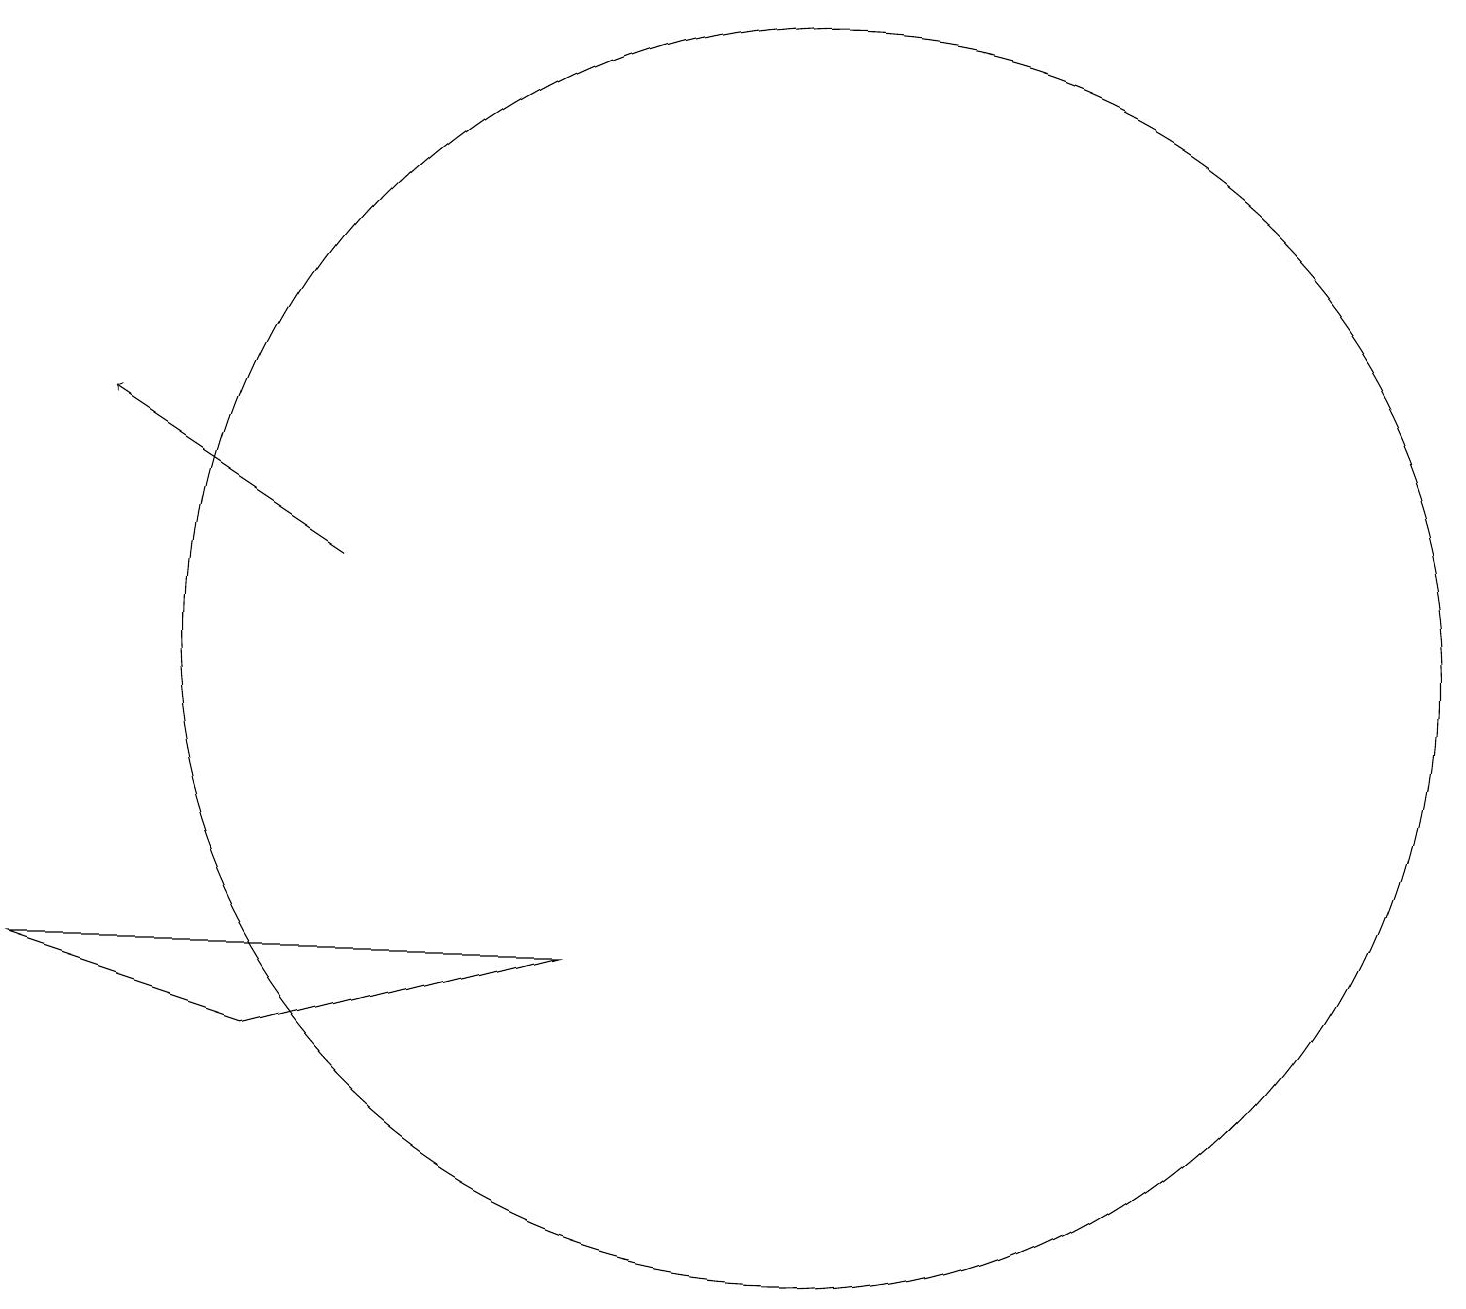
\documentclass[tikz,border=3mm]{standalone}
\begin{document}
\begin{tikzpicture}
\draw[->] (4,11) -- (1,13);
\draw (10,10) circle (8);
\draw (0,6) -- (3,5) -- (7,6) -- cycle;
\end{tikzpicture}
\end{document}